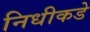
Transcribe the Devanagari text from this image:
निधीकडे